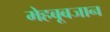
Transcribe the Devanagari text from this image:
मेहबूबजान